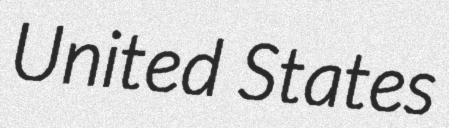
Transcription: United States